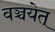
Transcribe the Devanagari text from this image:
वञ्चयेत्